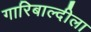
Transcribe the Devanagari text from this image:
गारिबाल्दीला